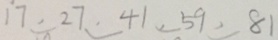
1 7 . 2 7 . 4 1 . 5 9 . 8 1